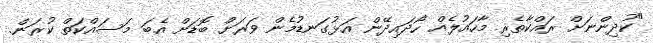
"ކުދިންނަށް ރައްކާތެރި މާހައުލެއް ހޯދައިދޭން އަޅުގަނޑުމެން ވަރަށް ބޮޑަށް އެބަ މަސައްކަތް ކުރަން.